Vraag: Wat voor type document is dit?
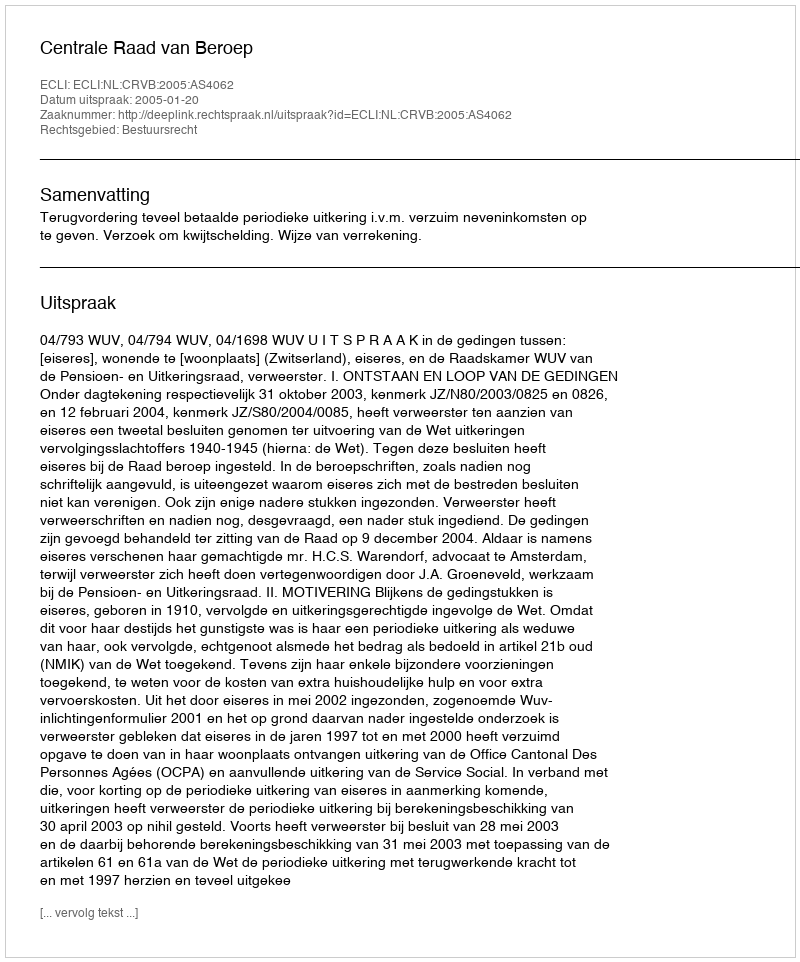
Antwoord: Uitspraak